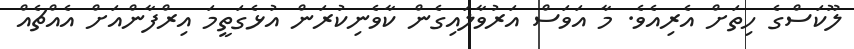
ލޫކަސްގެ ހިތަށް އެރިއެވެ. މާ އަވަސް އަރުވާލައިގެން ކާވެނިކުރަން އުޅެގަތީމަ އިރްފާންއަށް އެއްޗެއް